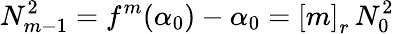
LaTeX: N_{m-1}^{2}=f^{m}(\alpha_{0})-\alpha_{0}=\left[m\right]_{r}\, N_{0}^{2}